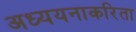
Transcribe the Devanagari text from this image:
अध्ययनाकरिता